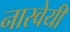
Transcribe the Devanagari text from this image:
नारवेयी